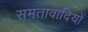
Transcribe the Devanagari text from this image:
समतावादियों